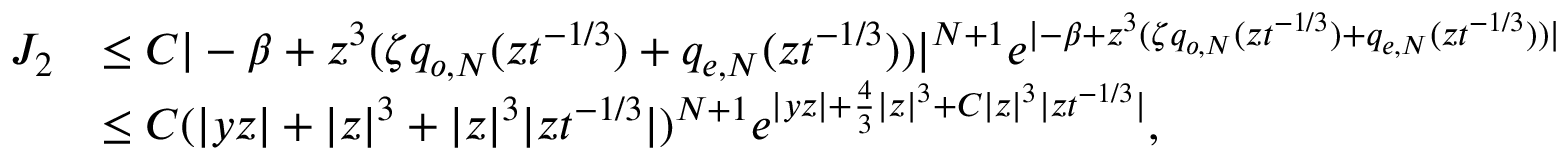
\begin{array} { r l } { J _ { 2 } } & { \leq C | - \beta + z ^ { 3 } ( \zeta q _ { o , N } ( z t ^ { - 1 / 3 } ) + q _ { e , N } ( z t ^ { - 1 / 3 } ) ) | ^ { N + 1 } e ^ { | - \beta + z ^ { 3 } ( \zeta q _ { o , N } ( z t ^ { - 1 / 3 } ) + q _ { e , N } ( z t ^ { - 1 / 3 } ) ) | } } \\ & { \leq C ( | y z | + | z | ^ { 3 } + | z | ^ { 3 } | z t ^ { - 1 / 3 } | ) ^ { N + 1 } e ^ { | y z | + \frac { 4 } { 3 } | z | ^ { 3 } + C | z | ^ { 3 } | z t ^ { - 1 / 3 } | } , } \end{array}